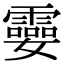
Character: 孁